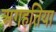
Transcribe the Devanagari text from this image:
अगहतिया